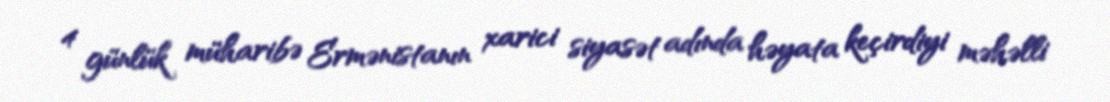
4 günlük müharibə Ermənistanın xarici siyasət adında həyata keçirdiyi məhəlli